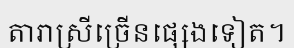
តារាស្រីច្រើនផ្សេងទៀត។